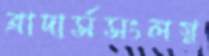
ব্রাদার্সসংলগ্ন